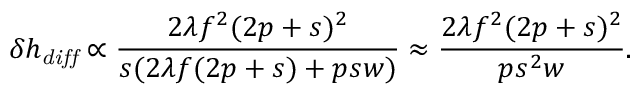
\delta h _ { \mathit { d i f f } } \propto \frac { 2 \lambda f ^ { 2 } ( 2 p + s ) ^ { 2 } } { s ( 2 \lambda f ( 2 p + s ) + p s w ) } \approx \frac { 2 \lambda f ^ { 2 } ( 2 p + s ) ^ { 2 } } { p s ^ { 2 } w } .